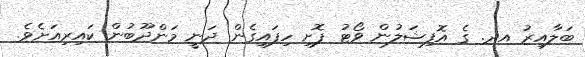
ބަލާއިރު އދ. ގެ އޮފިޝަލުން ވޯޓު ފޮށި ހިފައިގެން ދަނީ މަންދޫބުން ކައިރިއަށެވެ.